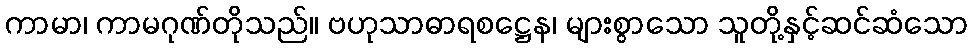
ကာမာ၊ ကာမဂုဏ်တိုသည်။ ဗဟုသာဓာရစဋ္ဌေန၊ များစွာသော သူတို့နှင့်ဆင်ဆံသော